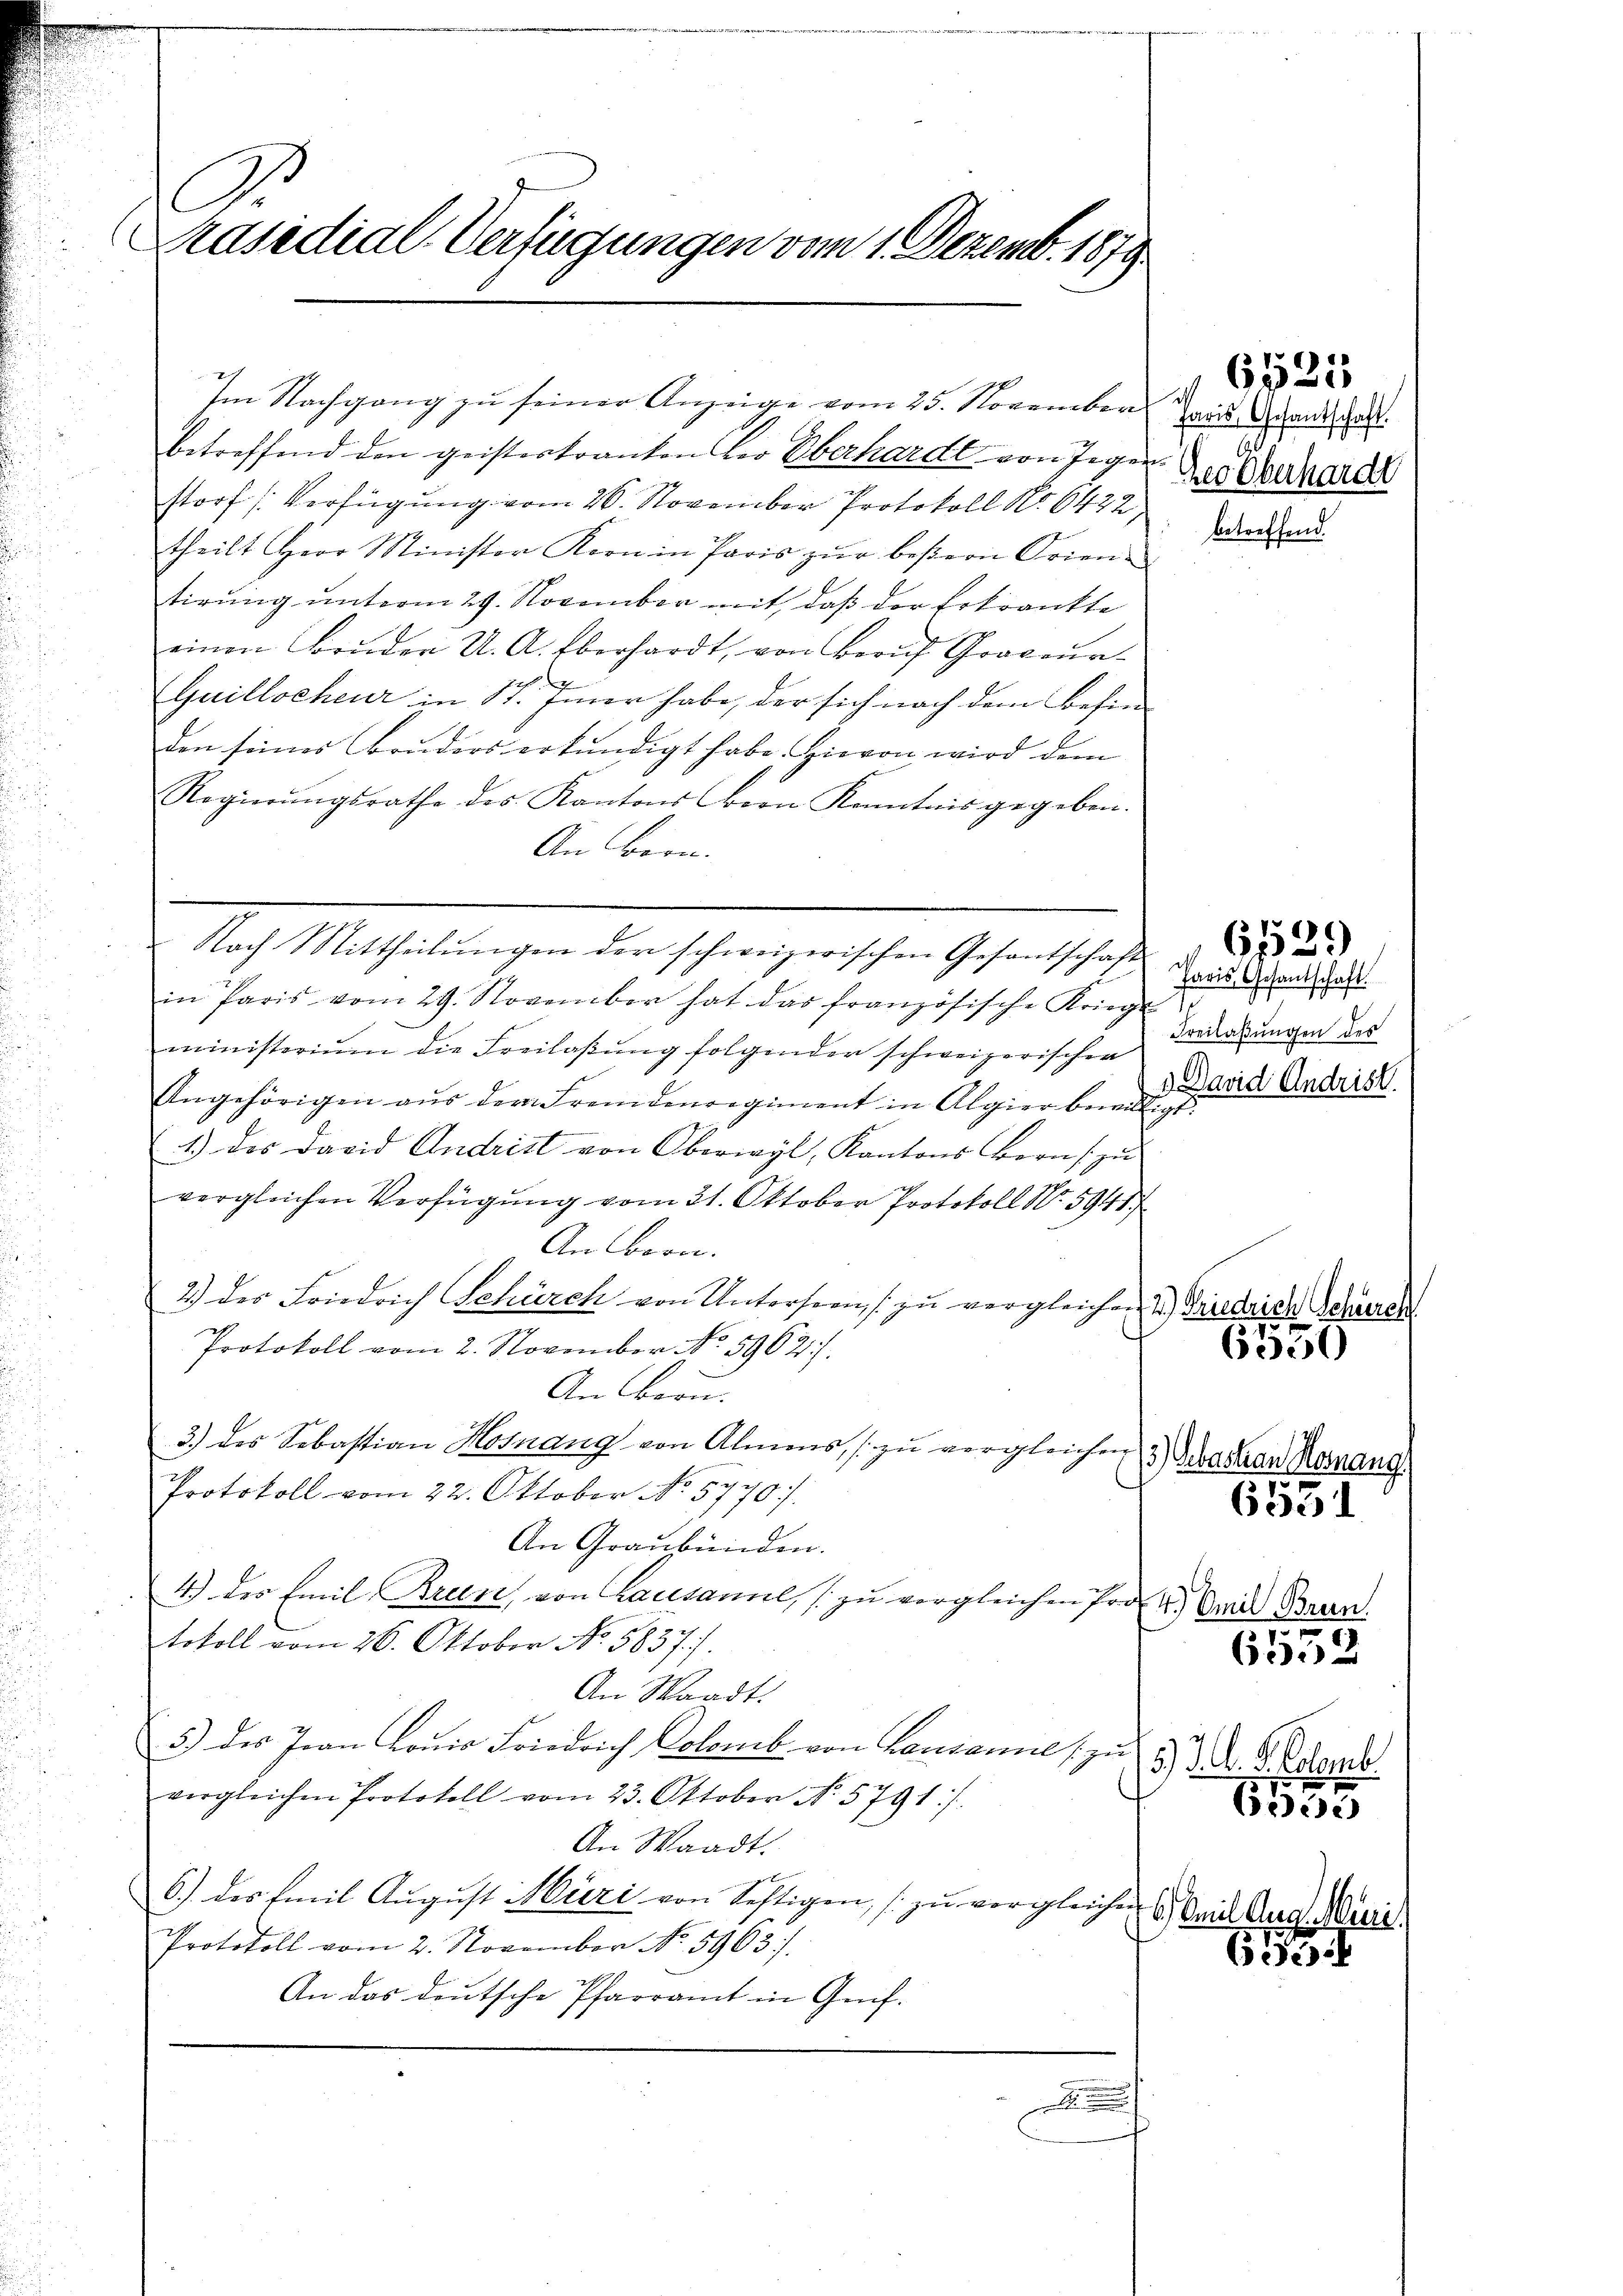
C
Präsidial-Verfügungen vom 1. Dezemb. 1879.

Im Nachgang zu seiner Anzeige vom 25. November
betreffend den geistertranken der Oberhardt von Jegerstorf [Verfügung vom 26. November Protokoll No 6422,
theilt Herr Minister Korn in Paris zŭr beßern Orien-
tirung unterm 29. November mit, daß der Erkrankte
einen Brŭder U. A. Eberhardt, von Zürich Graveur
2
Guillscheur in Sr. Einer habe, der sich nach dem Besinden seines Bruders erkundigt habe. Hievon wird dem
Regierŭngsrathe des Kantons Bern Kenntnis gegeben.
An Bern.
Nach Mittheilungen der schweizerischen Gesantschaft
in Paris vom 29. November hat das französische Krieg-
ministerium die Freilaßung folgender schweizerischen
Angehörigen aus dem Fremdenregiment in Algier bewill
1.) Das David Andrist von Oberwyl, Kantons Bern zu
vergleichen Verfügung vom 31. Oktober Protokoll No 5941
An Bern.
2.) des Friedrich Schürch von Unterseen zu vergleichen
Protokoll vom 2. November No. 5962.
An Bern.
3.) des Sebastian Hosnang von Almens, zu vergleichen
Protokoll vom 22. Oktober No. 57707.
An Graubünden.
4.) des Emil Bren, von Lausanne, zu vergleichen Protokoll vom 26. Oktober No. 5837/
An Waadt.
5) des Jean Louis Friedrich Colomb. von Lausanne zu
vergleichen Protokoll vom 23. Oktober No. 5791:/.
An Waadt.
6.) des Emil August Müri von Seftigen, zu vergleichen
Protokoll vom 2. November No. 5963).
An das deutsche Pfarramt in Genf.

M
faris, Gesantschaft.
her Oberhardt

Betreffe

Amil Aug. 16.

6521

Paris, Gesantschaft.
1
Freilaßungen des
 David Andrist.
u

61529

1.) Friedrich Schürch
e

605)

3) Sebastian Mosnang
6551

4.) Emil Brun
6552

) J. A. S. Colomb
d

635

633

siere